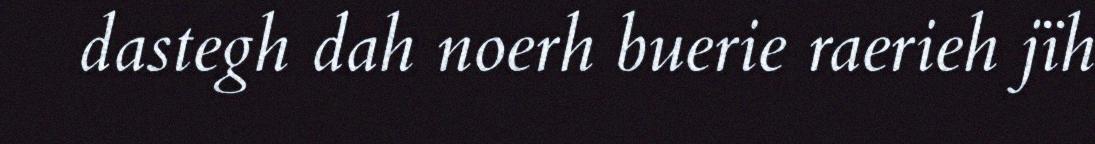
dastegh dah noerh buerie raerieh jïh